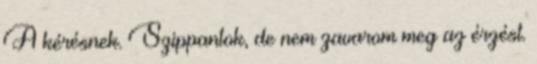
A kérésnek. Szippantok, de nem zavarom meg az érzést.